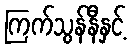
ကြက်သွန်နီနှင့်